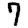
Digit: 7